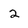
Character: 2